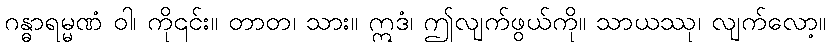
ဂန္ဓာရမ္မဏံ ဝါ၊ ကို၎င်း။ တာတ၊ သား။ ဣဒံ၊ ဤလျက်ဖွယ်ကို။ သာယဿု၊ လျက်လော့။